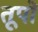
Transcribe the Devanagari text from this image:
तूपों